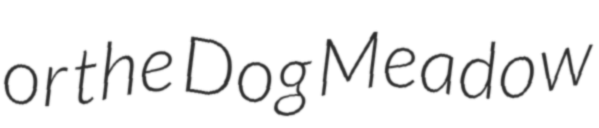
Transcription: or the Dog Meadow